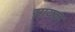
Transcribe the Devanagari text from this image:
सायका